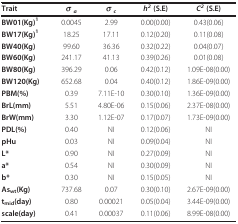
<table><thead><tr><td><b>Trait</b></td><td><b><i>σ </i><sub><i>a</i></sub></b></td><td><b><i>σ </i><sub><i>c</i></sub></b></td><td><b><i>h</i><sup><i>2 </i></sup>(S.E)</b></td><td><b><i>C</i><sup><i>2 </i></sup>(S.E)</b></td></tr></thead><tbody><tr><td><b>BW01(Kg)<sup>1</sup></b></td><td>0.0045</td><td>2.99</td><td>0.00(0.00)</td><td>0.43(0.06)</td></tr><tr><td><b>BW17(Kg)<sup>1</sup></b></td><td>18.25</td><td>17.11</td><td>0.12(0.20)</td><td>0.11(0.08)</td></tr><tr><td><b>BW40(Kg)</b></td><td>99.60</td><td>36.36</td><td>0.32(0.22)</td><td>0.04(0.07)</td></tr><tr><td><b>BW60(Kg)</b></td><td>241.17</td><td>41.13</td><td>0.39(0.26)</td><td>0.01(0.08)</td></tr><tr><td><b>BW80(Kg)</b></td><td>396.29</td><td>0.06</td><td>0.42(0.12)</td><td>1.09E-08(0.00)</td></tr><tr><td><b>BW120(Kg)</b></td><td>652.68</td><td>0.04</td><td>0.40(0.12)</td><td>1.86E-09(0.00)</td></tr><tr><td><b>PBM(%)</b></td><td>0.39</td><td>7.11E-10</td><td>0.30(0.10)</td><td>1.36E-09(0.00)</td></tr><tr><td><b>BrL(mm)</b></td><td>5.51</td><td>4.80E-06</td><td>0.15(0.06)</td><td>2.37E-08(0.00)</td></tr><tr><td><b>BrW(mm)</b></td><td>3.30</td><td>1.12E-07</td><td>0.17(0.07)</td><td>1.73E-09(0.00)</td></tr><tr><td><b>PDL(%)</b></td><td>0.40</td><td>NI</td><td>0.12(0.06)</td><td>NI</td></tr><tr><td><b>pHu</b></td><td>0.03</td><td>NI</td><td>0.09(0.04)</td><td>NI</td></tr><tr><td><b>L*</b></td><td>0.90</td><td>NI</td><td>0.27(0.09)</td><td>NI</td></tr><tr><td><b>a*</b></td><td>0.54</td><td>NI</td><td>0.30(0.09)</td><td>NI</td></tr><tr><td><b>b*</b></td><td>0.30</td><td>NI</td><td>0.15(0.05)</td><td>NI</td></tr><tr><td><b>As<sub>wt</sub>(Kg)</b></td><td>737.68</td><td>0.07</td><td>0.30(0.10)</td><td>2.67E-09(0.00)</td></tr><tr><td><b>t<sub>mid</sub>(day)</b></td><td>0.80</td><td>0.00021</td><td>0.05(0.04)</td><td>3.44E-09(0.00)</td></tr><tr><td><b>scale(day)</b></td><td>0.41</td><td>0.00037</td><td>0.11(0.06)</td><td>8.99E-08(0.00)</td></tr></tbody></table>